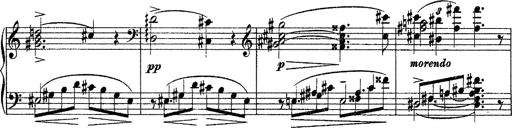
Title: Grande fantasie di bravura sur La clochette
Composer: Franz Liszt
Key: A minor